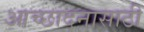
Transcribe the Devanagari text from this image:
आच्छादनासाठी